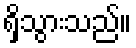
ရှိသွားသည်။